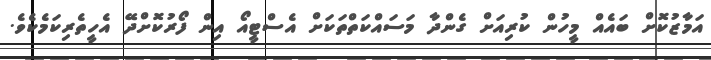
އަމާޒުކޮށް ބައެއް މީހުން ކުރިއަށް ގެންދާ މަސައްކަތްތަކަށް އެސްޓީއޯ އިން ފޯރުކޮށްދޭ އެހީތެރިކަމެކެވެ.